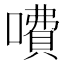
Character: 𠾚